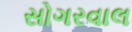
સોગરવાલ